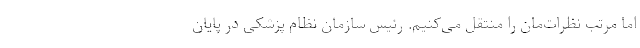
اما مرتب نظرات‌مان را منتقل می‌کنیم. رئیس سازمان نظام پزشکی در پایان